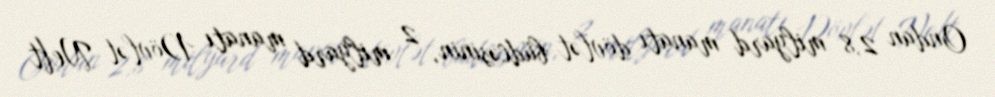
Ondan 2,8 milyard manatı dövlət büdcəsinin, 2 milyard manatı Dövlət Neft